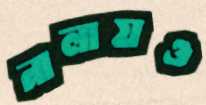
নালায়ও